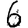
Digit: 6